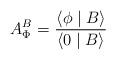
LaTeX: \begin{align*}A_\Phi ^B=\frac{\langle \phi \mid B\rangle }{\langle 0\mid B\rangle }\end{align*}